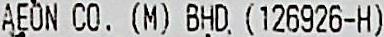
AEON CO. (M) BHD. (126926-H)